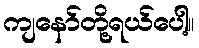
ကျနော်တို့ရယ်ပေါ့။